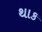
થાક